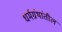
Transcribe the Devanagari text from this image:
धर्मग्रंथांतील